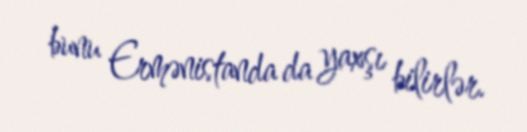
bunu Ermənistanda da yaxşı bilirlər.